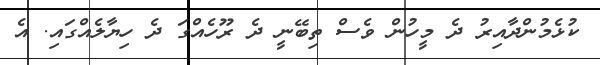
ކުޅެމުންދާއިރު ދެ މީހުން ވެސް ތިބޭނީ ދެ ރޫހެއްގަ ދެ ހިޔާލެއްގައި. އެ